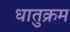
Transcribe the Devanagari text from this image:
धातुक्रम